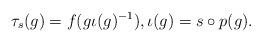
LaTeX: \begin{align*}\tau_{s}(g) = f(g \iota(g)^{-1}), \iota(g) = s \circ p(g). \end{align*}